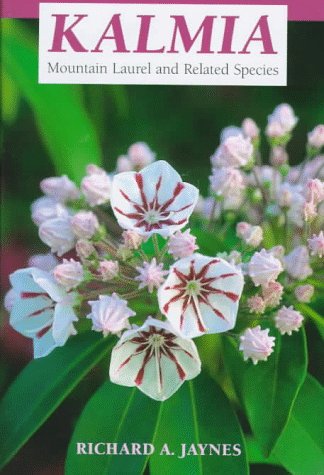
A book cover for Kalmia: Mountain Laurel and Related Species; Richard A. Jaynes; Crafts, Hobbies & Home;